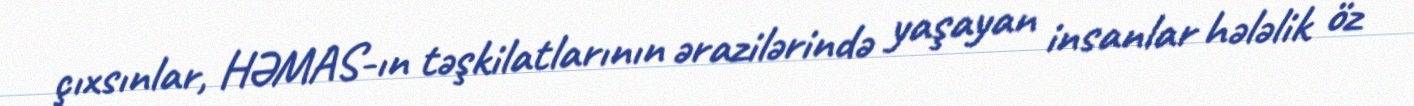
çıxsınlar, HƏMAS-ın təşkilatlarının ərazilərində yaşayan insanlar hələlik öz